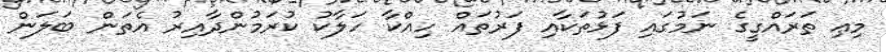
މިޢި ތަރައްގީގެ ނަމުގައި ފަޅުތަކާއި ފަރުތައް ހިއްކާ ހަލާކު ކުރަމުންދާއިރު އެތަން ބަލަން